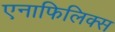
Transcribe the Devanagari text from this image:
एनाफिलिक्स